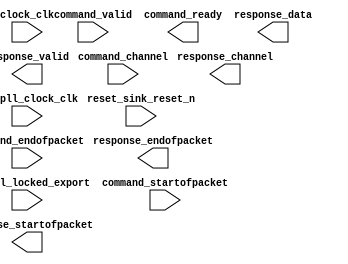

module system_adc1 (
	adc_pll_clock_clk,
	adc_pll_locked_export,
	clock_clk,
	command_valid,
	command_channel,
	command_startofpacket,
	command_endofpacket,
	command_ready,
	reset_sink_reset_n,
	response_valid,
	response_channel,
	response_data,
	response_startofpacket,
	response_endofpacket);	

	input		adc_pll_clock_clk;
	input		adc_pll_locked_export;
	input		clock_clk;
	input		command_valid;
	input	[4:0]	command_channel;
	input		command_startofpacket;
	input		command_endofpacket;
	output		command_ready;
	input		reset_sink_reset_n;
	output		response_valid;
	output	[4:0]	response_channel;
	output	[11:0]	response_data;
	output		response_startofpacket;
	output		response_endofpacket;
endmodule